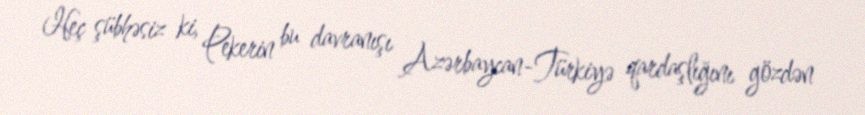
Heç şübhəsiz ki, Pekerin bu davranışı Azərbaycan-Türkiyə qardaşlığını gözdən